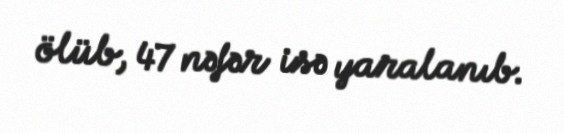
ölüb, 47 nəfər isə yaralanıb.